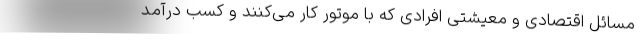
مسائل اقتصادی و معیشتی افرادی که با موتور کار می‌کنند و کسب درآمد